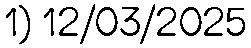
1) 12/03/2025